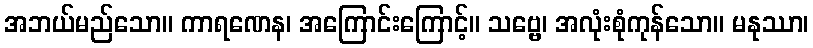
အဘယ်မည်သော။ ကာရဏေန၊ အကြောင်းကြောင့်။ သဗ္ဗေ၊ အလုံးစုံကုန်သော။ မနုဿာ၊